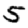
Digit: 5